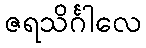
ဇရသိင်္ဂါလေ